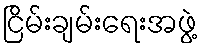
ငြိမ်းချမ်းရေးအဖွဲ့